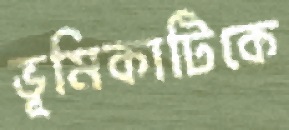
ভূমিকাটিকে